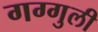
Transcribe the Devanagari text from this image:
गग्गुली